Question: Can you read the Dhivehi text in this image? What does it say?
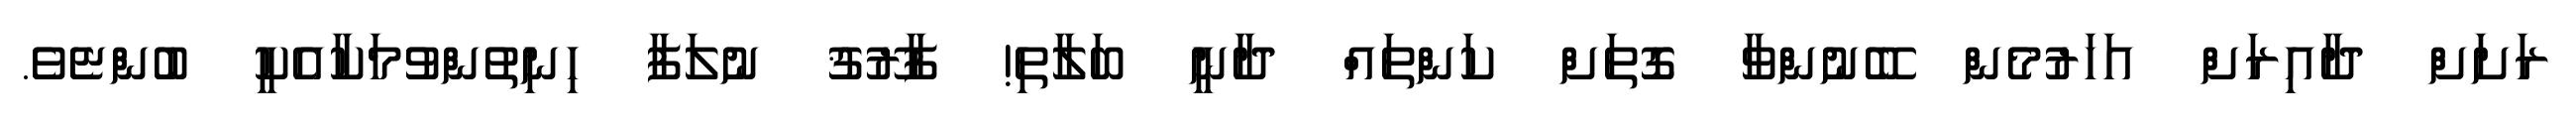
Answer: ރަށަށް ދާއިރަށް އަހަރުމެން ބޭނުންވާ ގޮތަށް ކަންތައް ދާނީ ބަލާތި! ފާރޫޤު ނުލަފާ ހިނިތުންވުމަކާއެކީ ބުންޏެވެ.